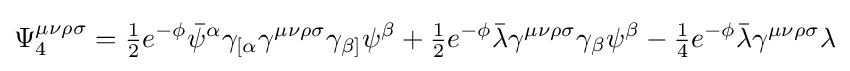
\Psi _{4}^{\mu \nu \rho \sigma }={\tfrac {1}{2}}e^{-\phi }{\bar {\psi }}^{\alpha }\gamma _{[\alpha }\gamma ^{\mu \nu \rho \sigma }\gamma _{\beta ]}\psi ^{\beta }+{\tfrac {1}{2}}e^{-\phi }{\bar {\lambda }}\gamma ^{\mu \nu \rho \sigma }\gamma _{\beta }\psi ^{\beta }-{\tfrac {1}{4}}e^{-\phi }{\bar {\lambda }}\gamma ^{\mu \nu \rho \sigma }\lambda